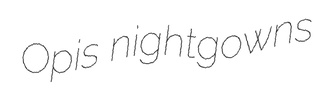
Opis nightgowns